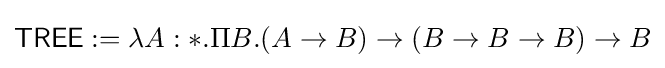
{\mathsf {TREE}}:=\lambda A:*.\Pi B.(A\to B)\to (B\to B\to B)\to B